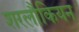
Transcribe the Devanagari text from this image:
शरलौकियन